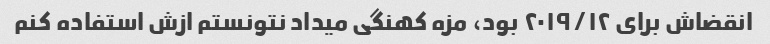
انقضاش برای ٢٠١٩/١٢ بود، مزه کهنگی میداد نتونستم ازش استفاده کنم